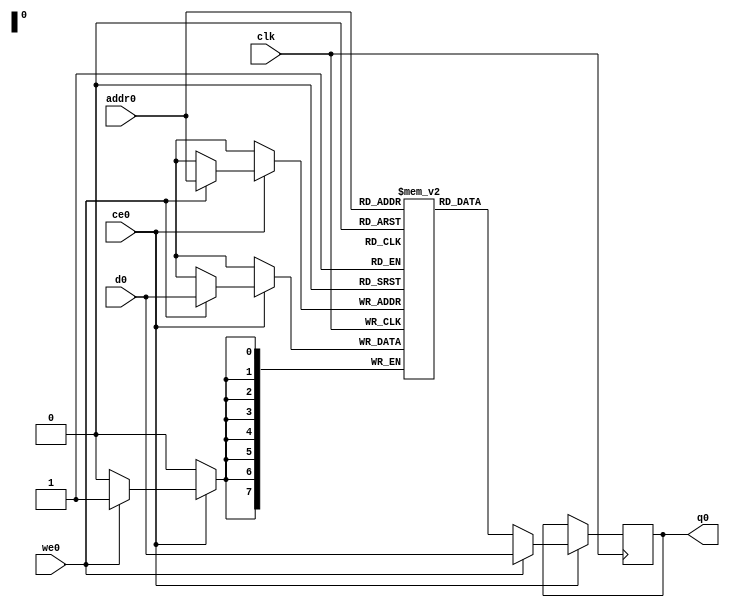
// ==============================================================
// File generated by Vivado(TM) HLS - High-Level Synthesis from C, C++ and SystemC
// Version: 2018.2
// Copyright (C) 1986-2018 Xilinx, Inc. All Rights Reserved.
// 
// ==============================================================

`timescale 1 ns / 1 ps
module matrix_multiply_tcud_ram (addr0, ce0, d0, we0, q0,  clk);

parameter DWIDTH = 8;
parameter AWIDTH = 8;
parameter MEM_SIZE = 256;

input[AWIDTH-1:0] addr0;
input ce0;
input[DWIDTH-1:0] d0;
input we0;
output reg[DWIDTH-1:0] q0;
input clk;

(* ram_style = "block" *)reg [DWIDTH-1:0] ram[0:MEM_SIZE-1];




always @(posedge clk)  
begin 
    if (ce0) 
    begin
        if (we0) 
        begin 
            ram[addr0] <= d0; 
            q0 <= d0;
        end 
        else 
            q0 <= ram[addr0];
    end
end


endmodule


`timescale 1 ns / 1 ps
module matrix_multiply_tcud(
    reset,
    clk,
    address0,
    ce0,
    we0,
    d0,
    q0);

parameter DataWidth = 32'd8;
parameter AddressRange = 32'd256;
parameter AddressWidth = 32'd8;
input reset;
input clk;
input[AddressWidth - 1:0] address0;
input ce0;
input we0;
input[DataWidth - 1:0] d0;
output[DataWidth - 1:0] q0;



matrix_multiply_tcud_ram matrix_multiply_tcud_ram_U(
    .clk( clk ),
    .addr0( address0 ),
    .ce0( ce0 ),
    .we0( we0 ),
    .d0( d0 ),
    .q0( q0 ));

endmodule